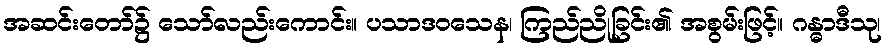
အဆင်းတော်၌ သော်လည်းကောင်း။ ပသာဒဝသေန၊ ကြည်ညိုခြင်း၏ အစွမ်းဖြင့်။ ဂန္ဓာဒီသု၊